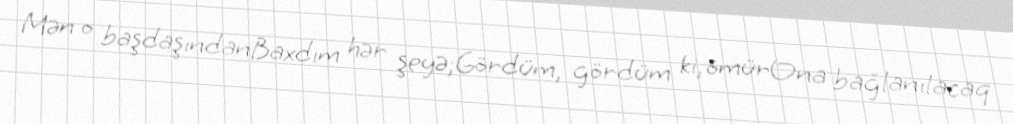
Mən o başdaşındanBaxdım hər şeyə;Gördüm, gördüm ki, ömürOna bağlanılacaq